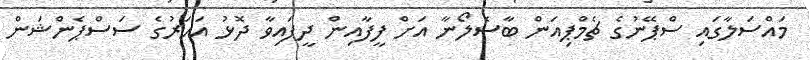
މައްސަލާގައި ސްޕޭނުގެ ޗެމްޕިއަން ބާސެލޯނާ އަށް ފީފާއިން ދީފައިވާ ދޮޅު އަހަރުގެ ސަސްޕެންޝަން